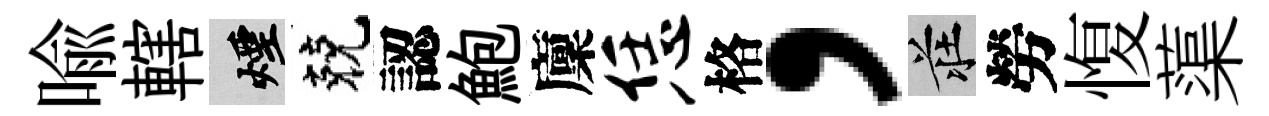
喩轄煙兢認鮑廩恁格，莊勞愎蕖